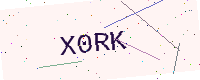
Text: X0RK